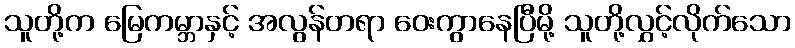
သူတို့က မြေကမ္ဘာနှင့် အလွန်တရာ ဝေးကွာနေပြီမို့ သူတို့လွှင့်လိုက်သော